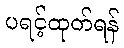
ပရင့်ထုတ်ရန်